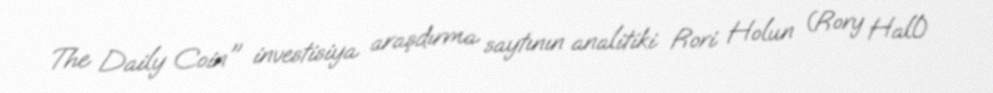
The Daily Coin" investisiya araşdırma saytının analitiki Rori Holun (Rory Hall)